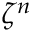
\zeta ^ { n }